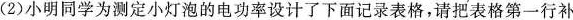
(2)小明同学为测定小灯泡的电功率设计了下面记录表格，请把表格第一行补